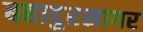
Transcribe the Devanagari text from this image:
बहादुरसागर